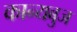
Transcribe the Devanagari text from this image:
कान्यबुज